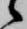
候